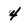
Character: 4